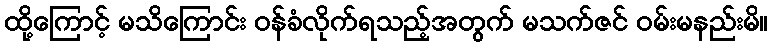
ထို့ကြောင့် မသိကြောင်း ဝန်ခံလိုက်ရသည့်အတွက် မသက်ဇင် ဝမ်းမနည်းမိ။